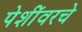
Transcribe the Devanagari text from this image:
पेशींवरचे